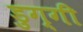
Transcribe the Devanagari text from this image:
डुग्गी